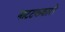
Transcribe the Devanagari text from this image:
नाटटककारों